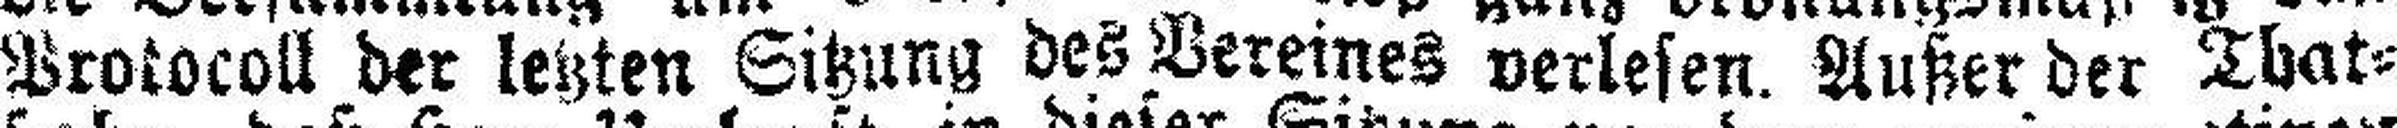
Protocoll der letzten Sitzung des Vereines verlesen. Außer der That¬